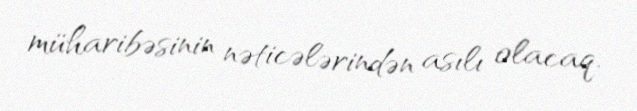
müharibəsinin nəticələrindən asılı olacaq.